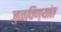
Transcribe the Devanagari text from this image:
जुळविण्यांत